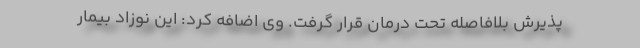
پذیرش بلافاصله تحت درمان قرار گرفت. وی اضافه کرد: این نوزاد بیمار